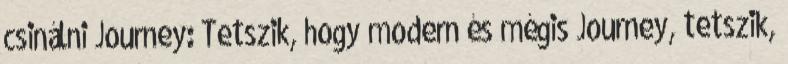
csinálni Journey: Tetszik, hogy modern és mégis Journey, tetszik,